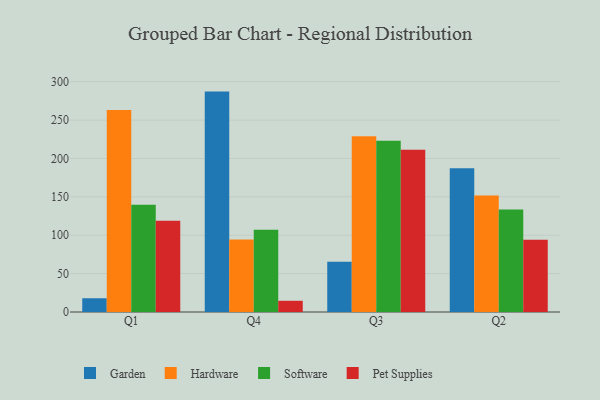
{"axis": {"x": "Quarter", "y": "Active Users"}, "legend": ["Garden", "Hardware", "Pet Supplies", "Software"], "data": [{"x": "Q1", "y": 17.9, "type": "Garden"}, {"x": "Q1", "y": 263.2, "type": "Hardware"}, {"x": "Q1", "y": 139.7, "type": "Software"}, {"x": "Q1", "y": 118.8, "type": "Pet Supplies"}, {"x": "Q4", "y": 287.1, "type": "Garden"}, {"x": "Q4", "y": 94.5, "type": "Hardware"}, {"x": "Q4", "y": 107.0, "type": "Software"}, {"x": "Q4", "y": 14.6, "type": "Pet Supplies"}, {"x": "Q3", "y": 65.3, "type": "Garden"}, {"x": "Q3", "y": 229.0, "type": "Hardware"}, {"x": "Q3", "y": 223.2, "type": "Software"}, {"x": "Q3", "y": 211.3, "type": "Pet Supplies"}, {"x": "Q2", "y": 187.3, "type": "Garden"}, {"x": "Q2", "y": 151.7, "type": "Hardware"}, {"x": "Q2", "y": 133.4, "type": "Software"}, {"x": "Q2", "y": 94.1, "type": "Pet Supplies"}]}